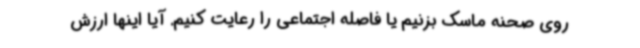
روی صحنه ماسک بزنیم یا فاصله اجتماعی را رعایت کنیم. آیا اینها ارزش